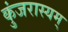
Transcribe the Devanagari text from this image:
कुंजरास्यम्